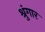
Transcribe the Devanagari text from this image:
श्रुंगार